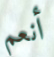
أنعم